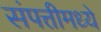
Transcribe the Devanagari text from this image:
संपत्तीमध्ये